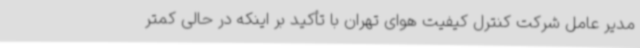
مدیر عامل شرکت کنترل کیفیت هوای تهران با تأکید بر اینکه در حالی کمتر